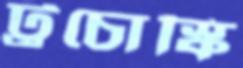
ট্রচোস্কি